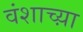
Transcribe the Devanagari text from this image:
वंशाच्य़ा